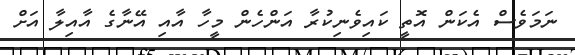
ނަމަވެސް އެކަން އޮތީ ކައިވެނިކުރާ އަންހެން މީހާ އާއި އޭނާގެ އާއިލާ އަށް